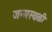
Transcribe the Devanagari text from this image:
जन्मस्थळी